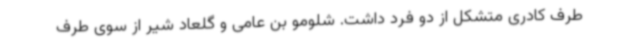
طرف کادری متشکل از دو فرد داشت. شلومو بن عامی و گلعاد شیر از سوی طرف